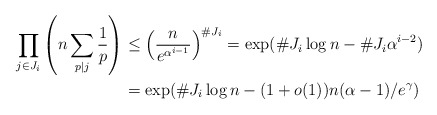
\begin{align*} \prod_{j\in J_i}\left(n\sum_{p\mid j}\frac1p\right)&\le \left(\frac n{e^{\alpha^{i-1}}}\right)^{\#J_i} =\exp(\#J_i\log n-\#J_i\alpha^{i-2})\\ &=\exp(\#J_i\log n-{(1+o(1))n(\alpha-1)/e^\gamma}) \end{align*}